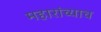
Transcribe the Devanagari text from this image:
महारांच्याच